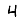
Digit: 4